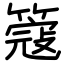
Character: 簆